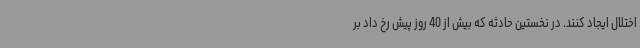
اختلال ایجاد کنند. در نخستین حادثه که بیش از 40 روز پیش رخ داد بر